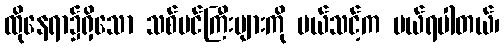
ထိုနေရာ၌ရှိသော သစ်ပင်ကြီးများကို ပယ်သင့်က ပယ်ရပါတယ်၊